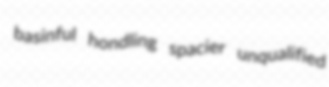
basinful hondling spacier unqualified